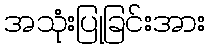
အသုံးပြုခြင်းအား